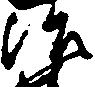
治